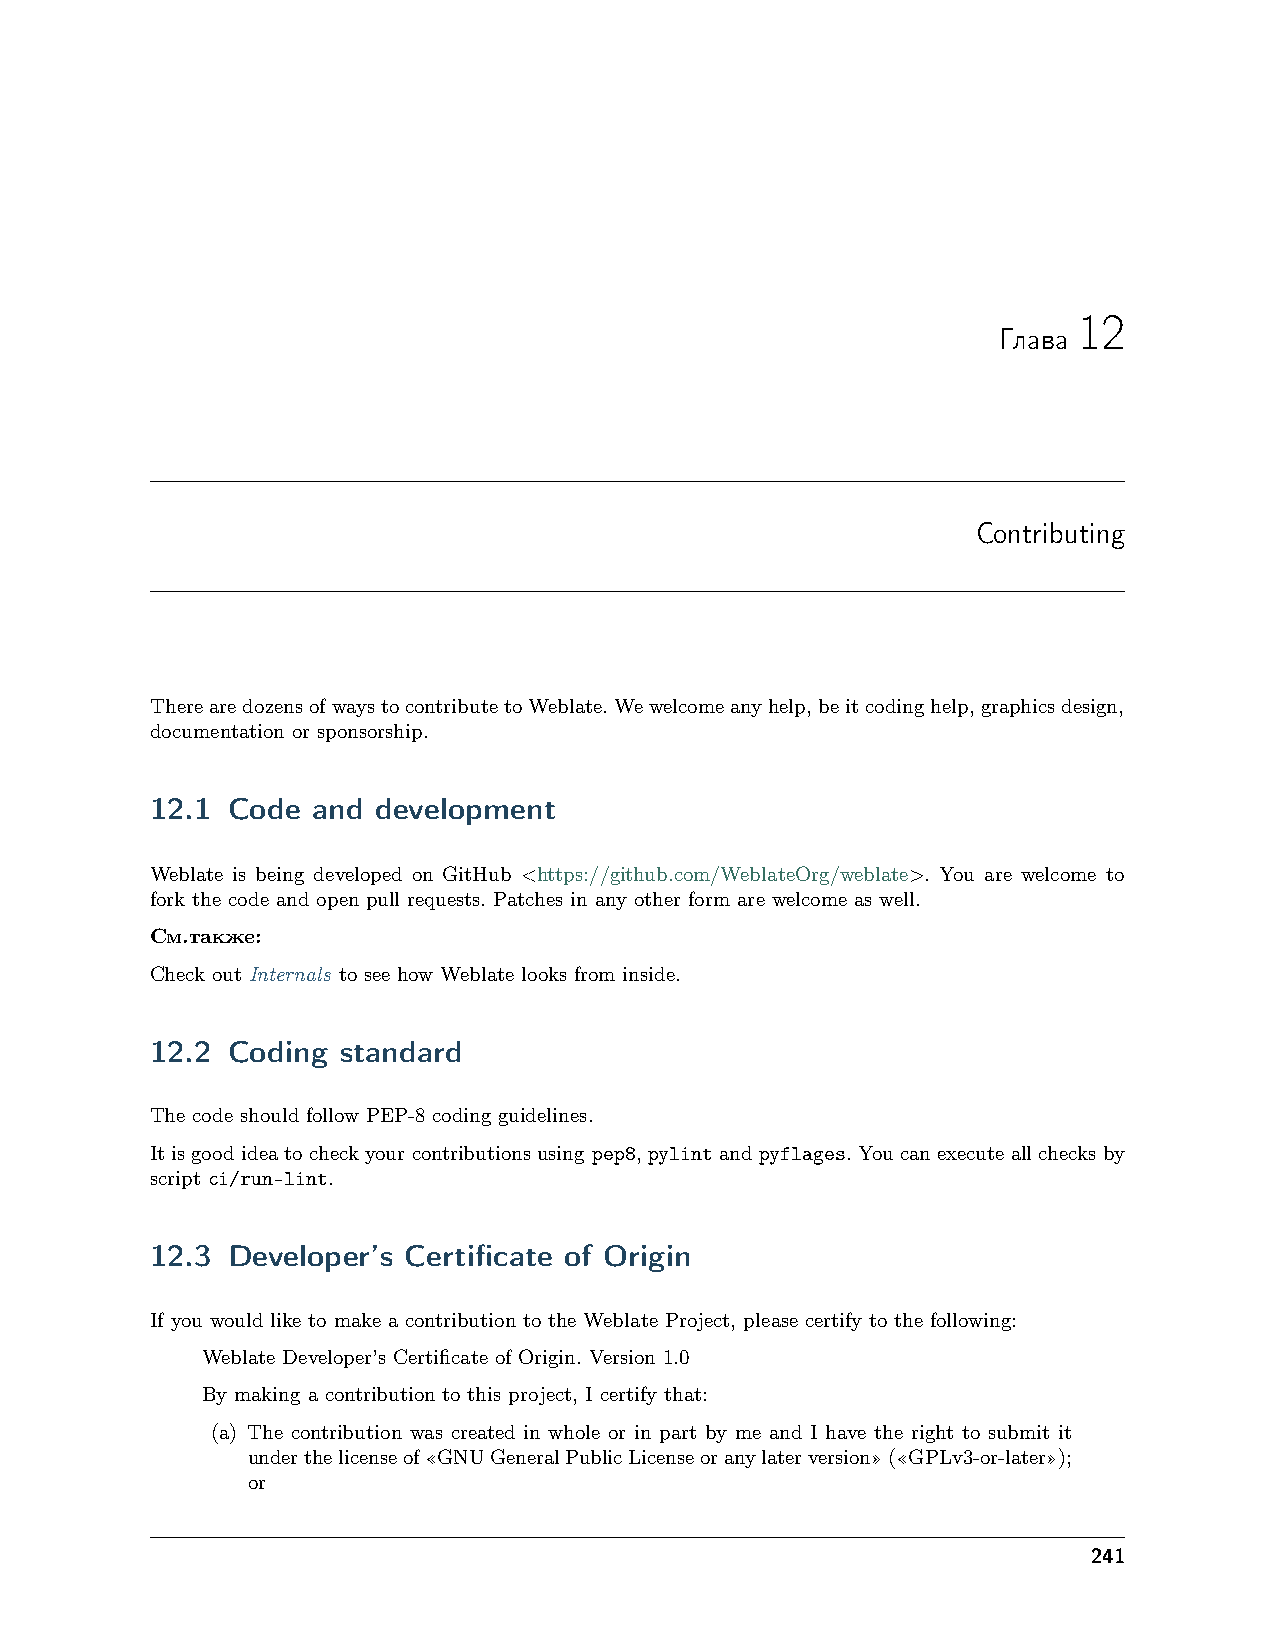
12
 Глава
 Contributing
 TherearedozensofwaystocontributetoWeblate.Wewelcomeanyhelp,beitcodinghelp,graphicsdesign,
 documentation or sponsorship.
 12.1 Code  and development
 Weblate is being developed on GitHub <https://github.com/WeblateOrg/weblate>. You are welcome to
 fork the code and open pull requests. Patches in any other form are welcome as well.
 См.также:
 Check out Internals to see how Weblate looks from inside.
 12.2 Coding  standard
 The code should follow PEP-8 coding guidelines.
 It is good idea to check your contributions using pep8, pylint and pyflages. You can execute all checks by
 script ci/run-lint.
 12.3 Developer’s Certificate of Origin
 If you would like to make a contribution to the Weblate Project, please certify to the following:
 Weblate Developer’s Certificate of Origin. Version 1.0
 By making a contribution to this project, I certify that:
 (a) The contribution was created in whole or in part by me and I have the right to submit it
 underthelicenseof«GNUGeneralPublicLicenseoranylaterversion»(«GPLv3-or-later»);
 or
 241